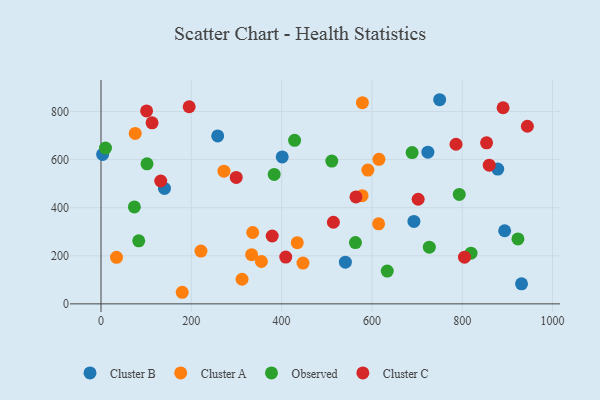
{"axis": {"x": "Price", "y": "Demand"}, "legend": ["Cluster A", "Cluster B", "Cluster C", "Observed"], "data": [{"x": "931.5", "y": 83.4, "type": "Cluster B"}, {"x": "878.8", "y": 560.6, "type": "Cluster B"}, {"x": "140.6", "y": 480.2, "type": "Cluster B"}, {"x": "401.4", "y": 611.1, "type": "Cluster B"}, {"x": "750.1", "y": 849.0, "type": "Cluster B"}, {"x": "258.5", "y": 698.4, "type": "Cluster B"}, {"x": "541.3", "y": 173.5, "type": "Cluster B"}, {"x": "894.1", "y": 304.0, "type": "Cluster B"}, {"x": "693.1", "y": 342.8, "type": "Cluster B"}, {"x": "724.0", "y": 631.0, "type": "Cluster B"}, {"x": "3.6", "y": 621.3, "type": "Cluster B"}, {"x": "333.6", "y": 204.5, "type": "Cluster A"}, {"x": "591.1", "y": 556.5, "type": "Cluster A"}, {"x": "272.3", "y": 551.8, "type": "Cluster A"}, {"x": "614.9", "y": 332.8, "type": "Cluster A"}, {"x": "221.4", "y": 219.4, "type": "Cluster A"}, {"x": "447.4", "y": 169.6, "type": "Cluster A"}, {"x": "179.9", "y": 48.2, "type": "Cluster A"}, {"x": "336.0", "y": 296.9, "type": "Cluster A"}, {"x": "578.3", "y": 449.9, "type": "Cluster A"}, {"x": "579.0", "y": 836.8, "type": "Cluster A"}, {"x": "615.6", "y": 601.3, "type": "Cluster A"}, {"x": "34.4", "y": 193.7, "type": "Cluster A"}, {"x": "434.7", "y": 254.5, "type": "Cluster A"}, {"x": "312.4", "y": 102.3, "type": "Cluster A"}, {"x": "75.8", "y": 708.9, "type": "Cluster A"}, {"x": "355.3", "y": 176.1, "type": "Cluster A"}, {"x": "83.6", "y": 262.2, "type": "Observed"}, {"x": "819.6", "y": 211.0, "type": "Observed"}, {"x": "383.6", "y": 538.4, "type": "Observed"}, {"x": "10.0", "y": 648.1, "type": "Observed"}, {"x": "634.0", "y": 136.4, "type": "Observed"}, {"x": "511.2", "y": 593.9, "type": "Observed"}, {"x": "689.1", "y": 629.3, "type": "Observed"}, {"x": "563.6", "y": 254.7, "type": "Observed"}, {"x": "101.9", "y": 582.3, "type": "Observed"}, {"x": "793.5", "y": 455.0, "type": "Observed"}, {"x": "727.2", "y": 235.9, "type": "Observed"}, {"x": "73.9", "y": 403.0, "type": "Observed"}, {"x": "923.5", "y": 270.1, "type": "Observed"}, {"x": "428.8", "y": 680.2, "type": "Observed"}, {"x": "944.4", "y": 738.6, "type": "Cluster C"}, {"x": "890.6", "y": 815.6, "type": "Cluster C"}, {"x": "409.2", "y": 194.5, "type": "Cluster C"}, {"x": "514.7", "y": 339.4, "type": "Cluster C"}, {"x": "859.9", "y": 576.8, "type": "Cluster C"}, {"x": "101.0", "y": 802.5, "type": "Cluster C"}, {"x": "195.3", "y": 819.7, "type": "Cluster C"}, {"x": "564.7", "y": 444.7, "type": "Cluster C"}, {"x": "786.3", "y": 663.9, "type": "Cluster C"}, {"x": "299.5", "y": 526.0, "type": "Cluster C"}, {"x": "805.1", "y": 194.1, "type": "Cluster C"}, {"x": "702.5", "y": 435.1, "type": "Cluster C"}, {"x": "854.0", "y": 669.6, "type": "Cluster C"}, {"x": "379.2", "y": 282.3, "type": "Cluster C"}, {"x": "113.1", "y": 752.9, "type": "Cluster C"}, {"x": "132.3", "y": 510.9, "type": "Cluster C"}]}